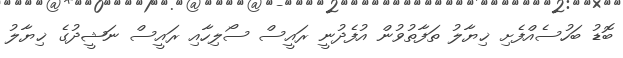
ބޮޑު ބަހުސެއްފެށި ޚިޔާލު ތަފާތުވުން އުފެދުނީ ރައީސް ސޯލިހާއި ރައީސް ނަޝީދުގެ ޚިޔާލު